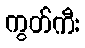
ကွတ်ကီး